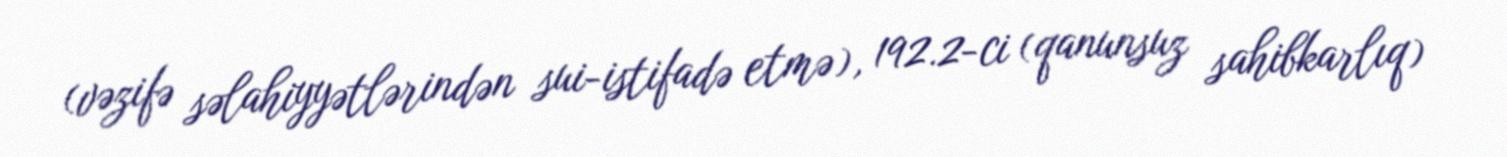
(vəzifə səlahiyyətlərindən sui-istifadə etmə), 192.2-ci (qanunsuz sahibkarlıq)